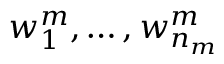
w _ { 1 } ^ { m } , \dots , w _ { n _ { m } } ^ { m }